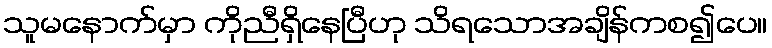
သူမနောက်မှာ ကိုညီရှိနေပြီဟု သိရသောအချိန်ကစ၍ပေ။